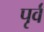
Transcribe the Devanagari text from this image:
पृर्व